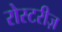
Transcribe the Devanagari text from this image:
रोस्टरीज़